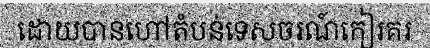
ដោយបានហៅតំបន់ទេសចរណ៍កៀរគរ